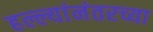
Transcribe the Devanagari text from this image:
हल्ल्यांनंतरच्या